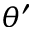
\theta ^ { \prime }